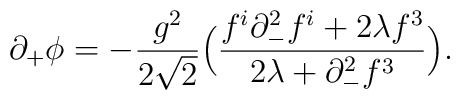
\partial_{+}\phi =-{g^{2}\over 2\sqrt{2}}\Big({f^{i}\partial^{2}_{-}f^{i}+2\lambda f^{3}\over 2\lambda+\partial_{-}^{2}f^{3}}\Big).